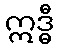
ဣဒ္ဓီ